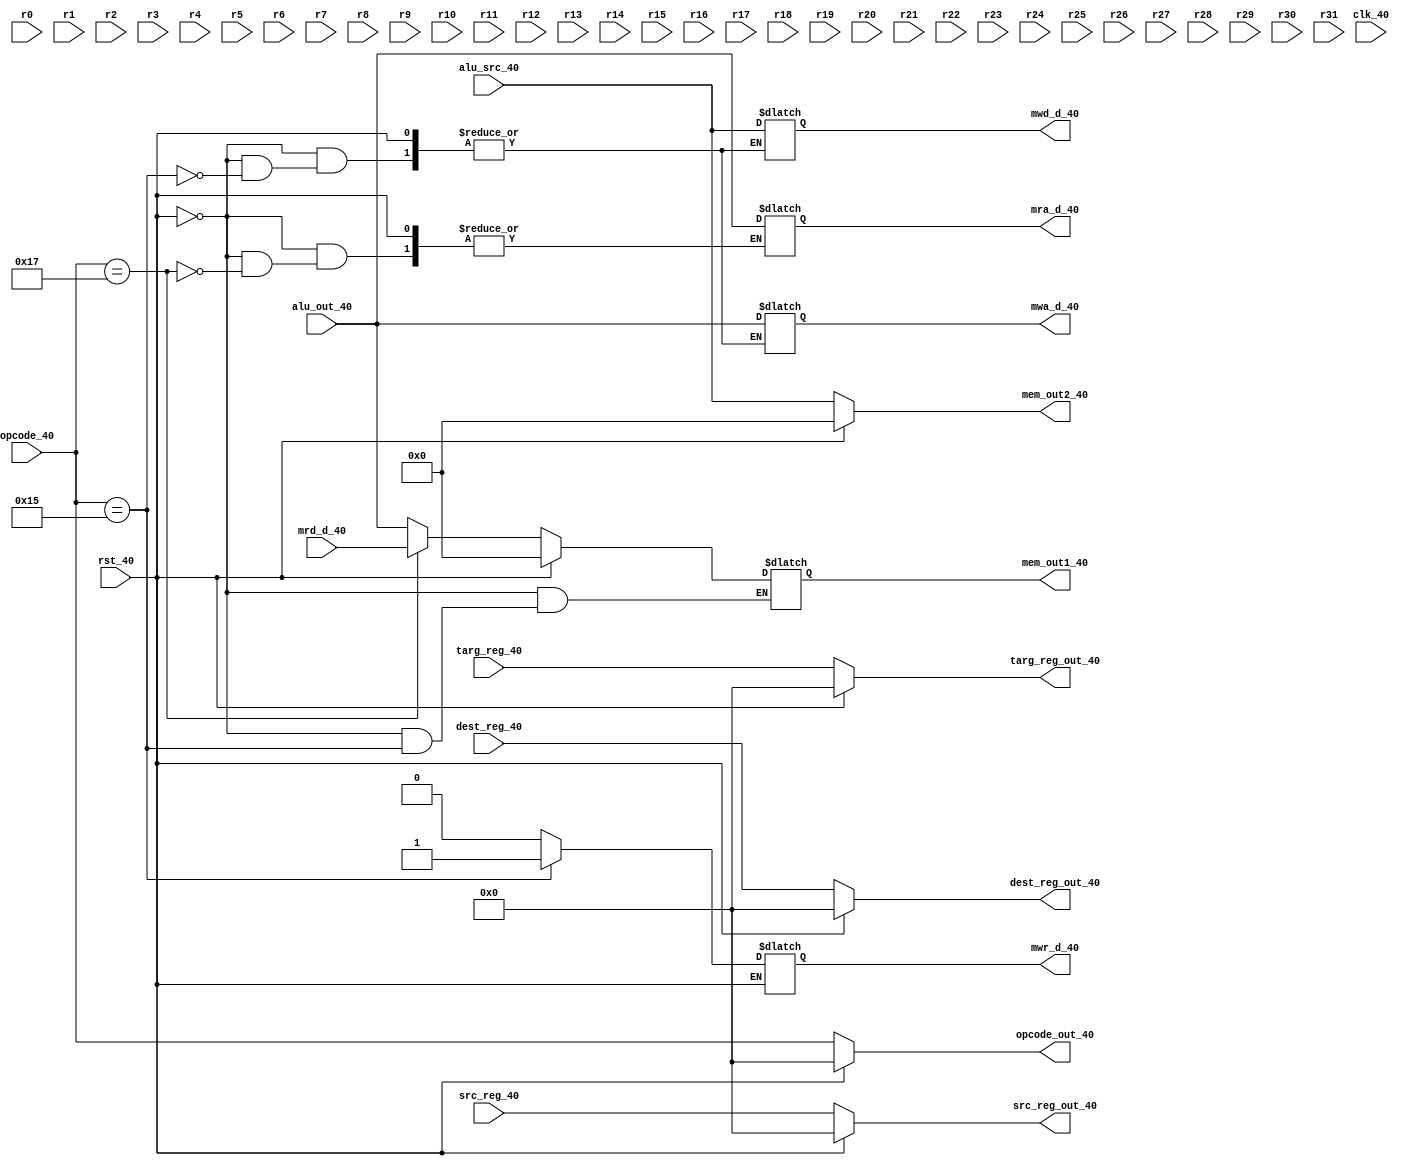
`timescale 1ns/10ps

module memory_write(clk_40,rst_40,opcode_40,src_reg_40,dest_reg_40,targ_reg_40,alu_out_40,alu_src_40,mem_out1_40,mem_out2_40,opcode_out_40,src_reg_out_40,dest_reg_out_40,targ_reg_out_40,mwr_d_40,mwd_d_40,mwa_d_40,mra_d_40,mrd_d_40,r0,r1,r2,r3,r4,r5,r6,r7,r8,r9,r10,r11,r12,r13,r14,r15,r16,r17,r18,r19, r20,r21,r22,r23,r24,r25,r26,r27,r28,r29,r30,r31);

input clk_40,rst_40;
input [5:0] opcode_40;
input [5:0] src_reg_40,dest_reg_40,targ_reg_40;
input [31:0] alu_out_40,alu_src_40;
input [31:0] mrd_d_40;

output reg [31:0]mem_out1_40;
output [31:0] mem_out2_40;
output [5:0] opcode_out_40;
output [5:0] src_reg_out_40,dest_reg_out_40,targ_reg_out_40;
output reg [31:0] mra_d_40;
output reg [31:0] mwd_d_40,mwa_d_40;
output reg mwr_d_40;

input [31:0] r0,r1,r2,r3,r4,r5,r6,r7,r8,r9;
input [31:0] r10,r11,r12,r13,r14,r15,r16,r17,r18,r19;
input [31:0] r20,r21,r22,r23,r24,r25,r26,r27,r28,r29;
input [31:0] r30,r31;

parameter ADD  = 6'b110001;
parameter LDW  = 6'b010111;
parameter MUL  = 6'b100111;
parameter BLT  = 6'b010110;
parameter STW  = 6'b010101;
parameter BR   = 6'b000110;
parameter ADDI = 6'b000100;
parameter BEQ  = 6'b100110;
parameter BNE  = 6'b011110;
parameter JMP  = 6'b111010;
parameter CALL = 6'b000000;
parameter SUBI = 6'b011111;
parameter NOPE = 6'b111111;

parameter R0 = 5'b00000;
parameter R1 = 5'b00001;
parameter R2 = 5'b00010;
parameter R3 = 5'b00011;
parameter R4 = 5'b00100;
parameter R5 = 5'b00101;
parameter R6 = 5'b00110;
parameter R7 = 5'b00111;
parameter R8 = 5'b01000;
parameter R9 = 5'b01001;
parameter R10 = 5'b01010;
parameter R11 = 5'b01011;
parameter R12 = 5'b01100;
parameter R13 = 5'b01101;
parameter R14 = 5'b01110;
parameter R15 = 5'b01111;
parameter R16 = 5'b10000;
parameter R17 = 5'b10001;
parameter R18 = 5'b10010;
parameter R19 = 5'b10011;
parameter R20 = 5'b10100;
parameter R21 = 5'b10101;
parameter R22 = 5'b10110;
parameter R23 = 5'b10111;
parameter R24 = 5'b11000;
parameter R25 = 5'b11001;
parameter R26 = 5'b11010;
parameter R27 = 5'b11011;
parameter R28 = 5'b11100;
parameter R29 = 5'b11101;
parameter R30 = 5'b11110;
parameter R31 = 5'b11111;

assign opcode_out_40   =  rst_40 ? 5'b0 : opcode_40;
assign src_reg_out_40  =  rst_40 ? 5'b0 : src_reg_40;
assign dest_reg_out_40 =  rst_40 ? 5'b0 : dest_reg_40;
assign targ_reg_out_40 =  rst_40 ? 5'b0 : targ_reg_40;
assign mem_out2_40     =  rst_40 ? 5'b0 : alu_src_40;

  always @(*)
  begin
  if(rst_40)
  begin
    mem_out1_40 = 0;
  end
  else
  begin
    mwr_d_40 = 1'b0;
    case(opcode_40)
      LDW : 
      begin
        mra_d_40 = alu_out_40;
        mem_out1_40 = mrd_d_40;
      end
      STW:
      begin
        mwd_d_40 = alu_src_40;
        mwa_d_40 = alu_out_40;
        mwr_d_40 = 1'b1;
      end
      default : mem_out1_40 = alu_out_40;
    endcase
  end
  end
endmodule